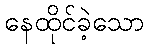
နေထိုင်ခဲ့သော